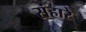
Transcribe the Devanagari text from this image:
संहारे